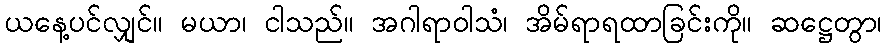
ယနေ့ပင်လျှင်။ မယာ၊ ငါသည်။ အဂါရာဝါသံ၊ အိမ်ရာရထာခြင်းကို။ ဆဋ္ဌေတွာ၊